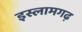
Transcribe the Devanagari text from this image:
इस्लामगढ़